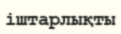
іштарлықты